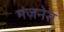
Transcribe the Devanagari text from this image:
मंज़नेरा